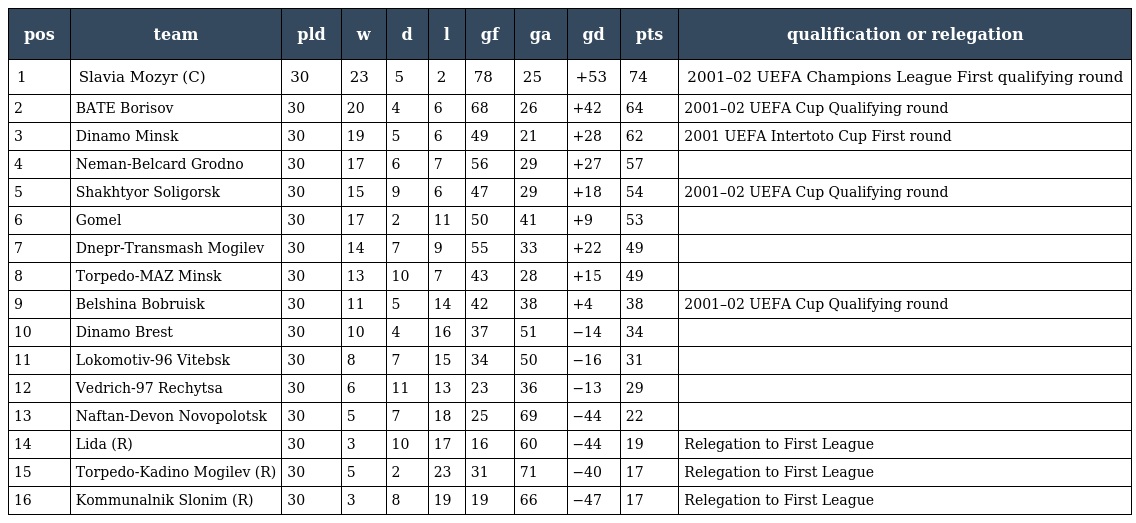
| pos | team | pld | w | d | l | gf | ga | gd | pts | qualification or relegation |
 | --- | --- | --- | --- | --- | --- | --- | --- | --- | --- | --- |
 | 1 | Slavia Mozyr (C) | 30 | 23 | 5 | 2 | 78 | 25 | +53 | 74 | 2001–02 UEFA Champions League First qualifying round |
 | 2 | BATE Borisov | 30 | 20 | 4 | 6 | 68 | 26 | +42 | 64 | 2001–02 UEFA Cup Qualifying round |
 | 3 | Dinamo Minsk | 30 | 19 | 5 | 6 | 49 | 21 | +28 | 62 | 2001 UEFA Intertoto Cup First round |
 | 4 | Neman-Belcard Grodno | 30 | 17 | 6 | 7 | 56 | 29 | +27 | 57 |  |
 | 5 | Shakhtyor Soligorsk | 30 | 15 | 9 | 6 | 47 | 29 | +18 | 54 | 2001–02 UEFA Cup Qualifying round |
 | 6 | Gomel | 30 | 17 | 2 | 11 | 50 | 41 | +9 | 53 |  |
 | 7 | Dnepr-Transmash Mogilev | 30 | 14 | 7 | 9 | 55 | 33 | +22 | 49 |  |
 | 8 | Torpedo-MAZ Minsk | 30 | 13 | 10 | 7 | 43 | 28 | +15 | 49 |  |
 | 9 | Belshina Bobruisk | 30 | 11 | 5 | 14 | 42 | 38 | +4 | 38 | 2001–02 UEFA Cup Qualifying round |
 | 10 | Dinamo Brest | 30 | 10 | 4 | 16 | 37 | 51 | −14 | 34 |  |
 | 11 | Lokomotiv-96 Vitebsk | 30 | 8 | 7 | 15 | 34 | 50 | −16 | 31 |  |
 | 12 | Vedrich-97 Rechytsa | 30 | 6 | 11 | 13 | 23 | 36 | −13 | 29 |  |
 | 13 | Naftan-Devon Novopolotsk | 30 | 5 | 7 | 18 | 25 | 69 | −44 | 22 |  |
 | 14 | Lida (R) | 30 | 3 | 10 | 17 | 16 | 60 | −44 | 19 | Relegation to First League |
 | 15 | Torpedo-Kadino Mogilev (R) | 30 | 5 | 2 | 23 | 31 | 71 | −40 | 17 | Relegation to First League |
 | 16 | Kommunalnik Slonim (R) | 30 | 3 | 8 | 19 | 19 | 66 | −47 | 17 | Relegation to First League |